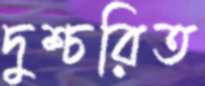
দুশ্চরিত